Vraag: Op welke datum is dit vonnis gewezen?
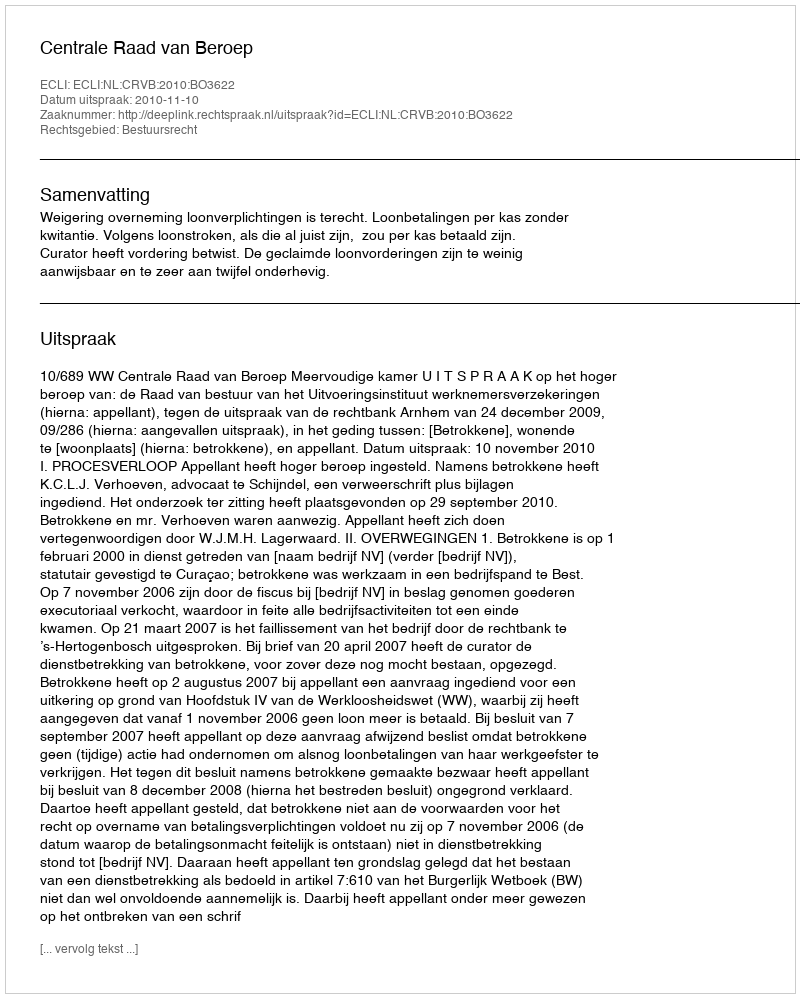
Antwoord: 2010-11-10